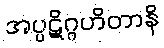
အပ္ပဋိဂ္ဂဟိတာနိ